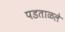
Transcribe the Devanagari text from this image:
पडताळले